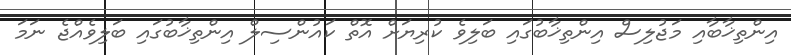
އިންތިޚާބާއި މަޖުލިސް އިންތިޚާބުގައި ބަލިވެ ކުރިޔަށް އޮތް ކައުންސިލް އިންތިޚާބުގައި ބަލިވެއްޖެ ނަމަ